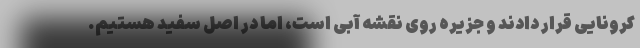
کرونایی قرار دادند و جزیره روی نقشه آبی است، اما در اصل سفید هستیم.